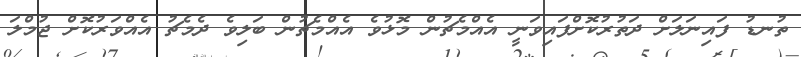
ތުނޑު ފައިނަލަށް ދަތުރުކޮށްފައިވަނީ އެއްމެޗުން މޮޅުވެ އެއްމެޗުން ބަލިވެ ދެމެޗު އެއްވަރުކޮށް ޖުމްލަ